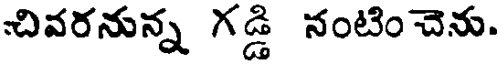
చివరనున్న గడ్డి నంటించెను.